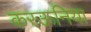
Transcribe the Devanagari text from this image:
करऊनिया